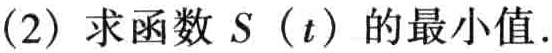
(2) 求函数 \(S(t)\) 的最小值.